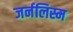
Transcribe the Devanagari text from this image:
जर्नलिस्म